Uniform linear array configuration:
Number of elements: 48
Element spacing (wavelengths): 0.5
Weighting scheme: hamming
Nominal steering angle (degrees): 30
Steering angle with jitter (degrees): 28.692
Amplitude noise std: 0.05
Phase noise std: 0.05

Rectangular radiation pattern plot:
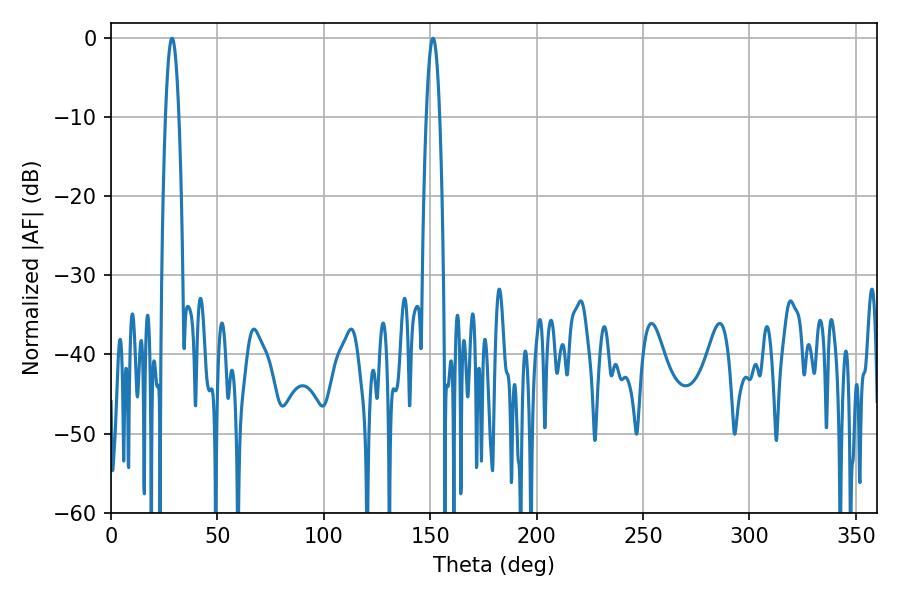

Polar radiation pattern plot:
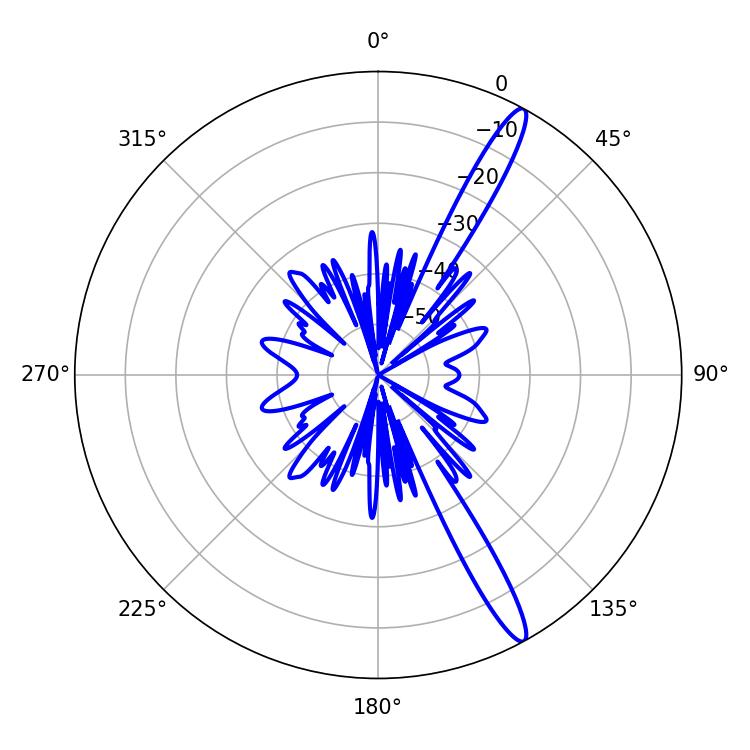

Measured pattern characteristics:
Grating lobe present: FALSE
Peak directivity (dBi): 14.995
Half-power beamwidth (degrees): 3.42
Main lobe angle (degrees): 151.38